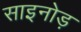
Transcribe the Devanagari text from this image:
साइनोड़